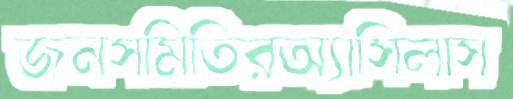
জনসমিতিরঅ্যাসিলাস